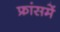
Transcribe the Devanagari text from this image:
फ्रांसमें